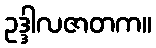
ဥဒ္ဒါလဇာတက။